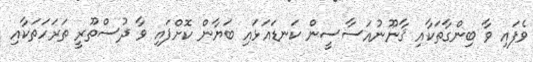
ވެފައި ވާ ބިންގާތަކާއި ޤާނޫނުއަސާސީން ކަނޑައަޅައި ބަޔާން ކޮށްފައި ވާ ދުސްތޫރީ ތަރަހަތަކާއި